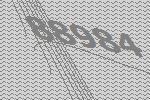
88984